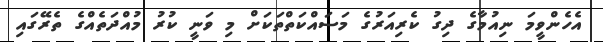
އެހެންވީމަ ނިއުމާގެ ދިގު ކެރިއަރުގެ މަސައްކަތްތަކަށް މި ވަނީ ކުރު މުއްދަތެއްގެ ތެރޭގައި